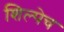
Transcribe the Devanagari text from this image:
शिल्पेच